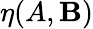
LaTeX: \eta(A,\mathbf{B})